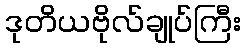
ဒုတိယဗိုလ်ချုပ်ကြီး